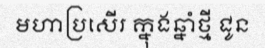
មហាប្រសើរ ក្នុងឆ្នាំថ្មី ជូន